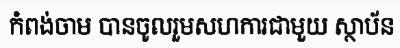
កំពង់ចាម បានចូលរួមសហការជាមួយ ស្ថាប័ន